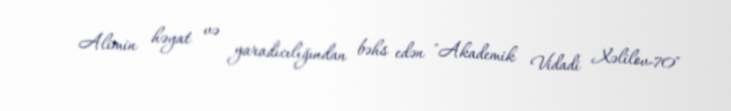
Alimin həyat və yaradıcılığından bəhs edən "Akademik Vidadi Xəlilov-70"